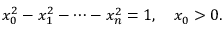
x _ { 0 } ^ { 2 } - x _ { 1 } ^ { 2 } - \cdots - x _ { n } ^ { 2 } = 1 , \quad x _ { 0 } > 0 .